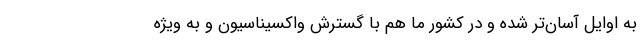
به اوایل آسان‌تر شده و در کشور ما هم با گسترش واکسیناسیون و به ویژه